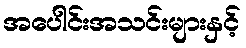
အပေါင်းအသင်းများနှင့်